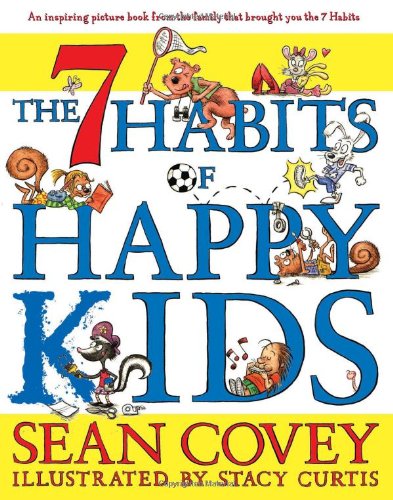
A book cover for The 7 Habits of Happy Kids; Sean Covey; Children's Books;